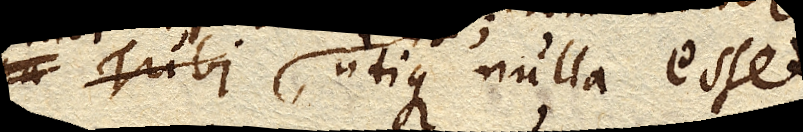
utique nulla esset